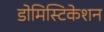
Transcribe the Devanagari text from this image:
डोमिस्टिकेशन